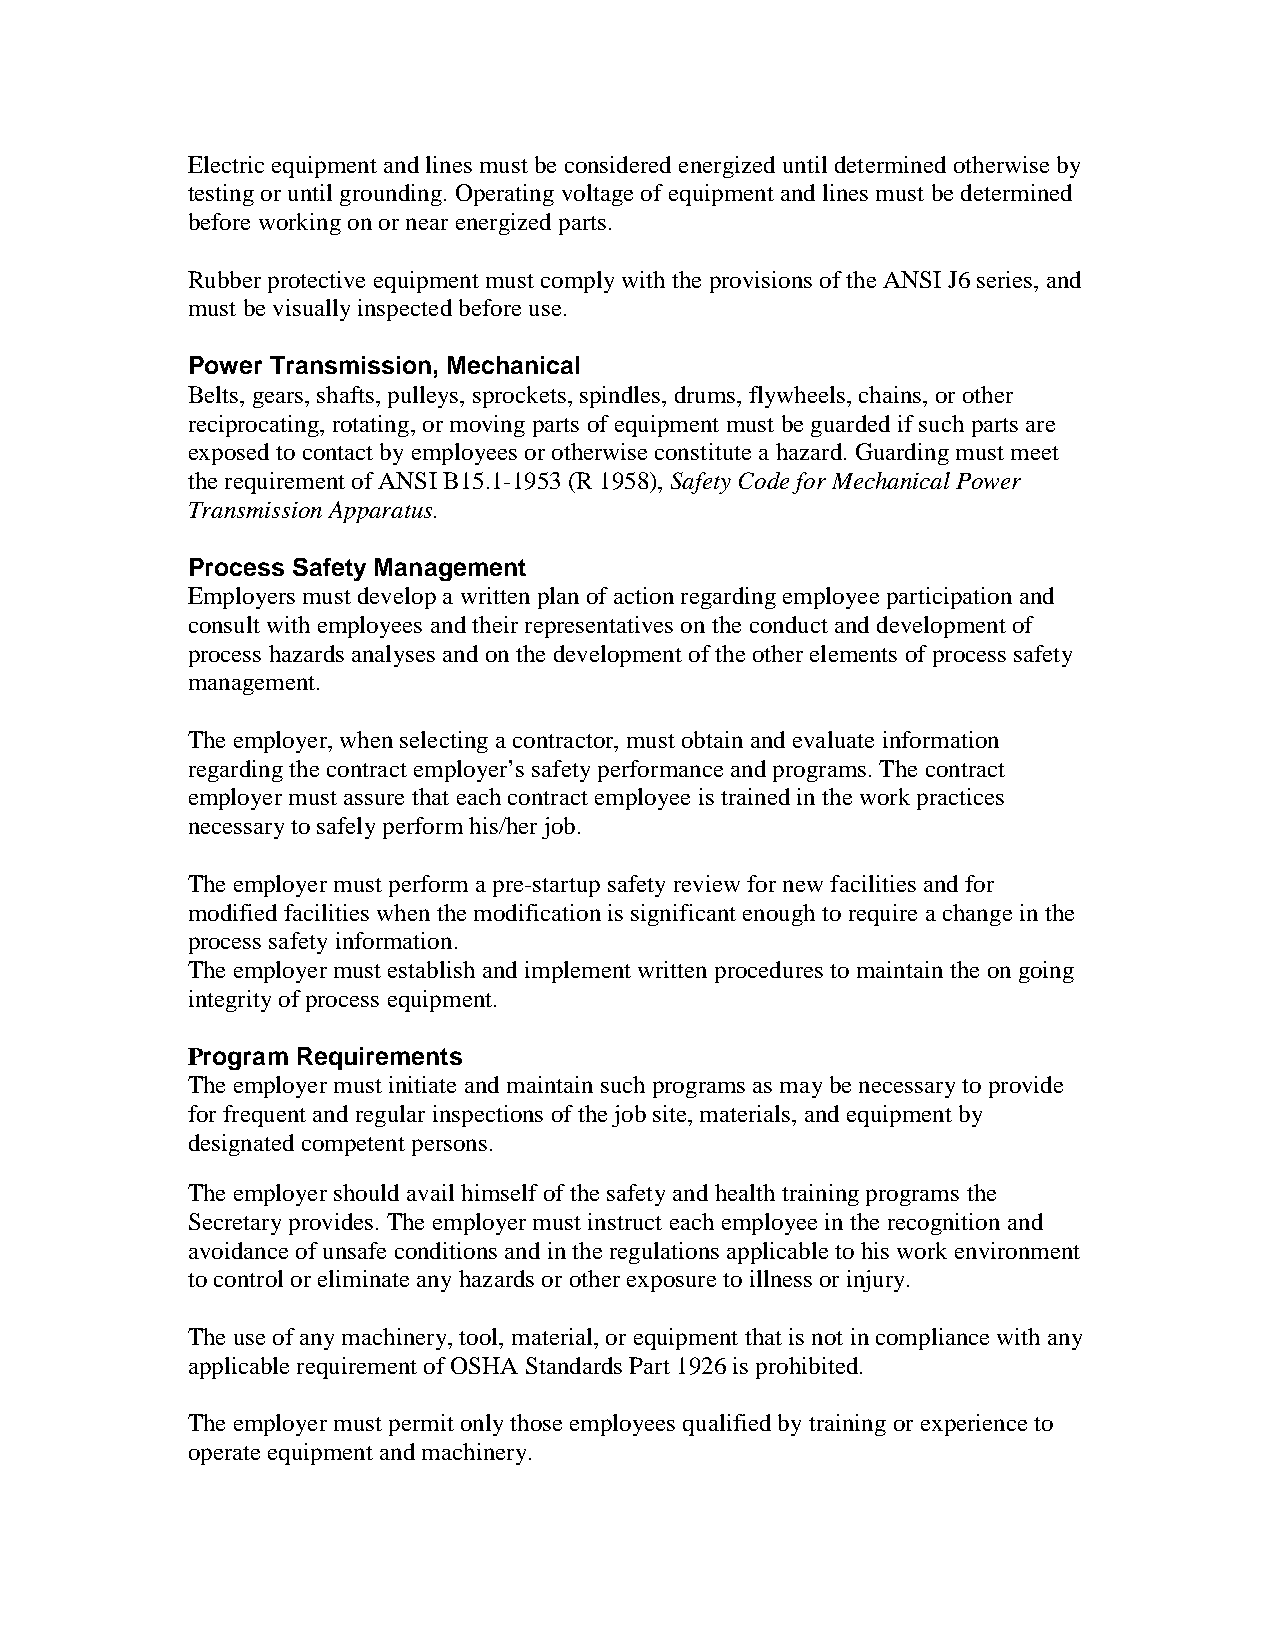
Electric equipment and lines must be considered energized until determined otherwise by
 testing or until grounding. Operating voltage of equipment and lines must be determined
 before working on or near energized parts.
 Rubber protective equipment must comply with the provisions of the ANSI J6 series, and
 must be visually inspected before use.
 Power Transmission, Mechanical
 Belts, gears, shafts, pulleys, sprockets, spindles, drums, flywheels, chains, or other
 reciprocating, rotating, or moving parts of equipment must be guarded if such parts are
 exposed to contact by employees or otherwise constitute a hazard. Guarding must meet
 the requirement of ANSI B15.1-1953 (R 1958), Safety Code for Mechanical Power
 Transmission Apparatus.
 Process Safety Management
 Employers must develop a written plan of action regarding employee participation and
 consult with employees and their representatives on the conduct and development of
 process hazards analyses and on the development of the other elements of process safety
 management.
 The employer, when selecting a contractor, must obtain and evaluate information
 regarding the contract employer’s safety performance and programs. The contract
 employer must assure that each contract employee is trained in the work practices
 necessary to safely perform his/her job.
 The employer must perform a pre-startup safety review for new facilities and for
 modified facilities when the modification is significant enough to require a change in the
 process safety information.
 The employer must establish and implement written procedures to maintain the on going
 integrity of process equipment.
 Program Requirements
 The employer must initiate and maintain such programs as may be necessary to provide
 for frequent and regular inspections of the job site, materials, and equipment by
 designated competent persons.
 The employer should avail himself of the safety and health training programs the
 Secretary provides. The employer must instruct each employee in the recognition and
 avoidance of unsafe conditions and in the regulations applicable to his work environment
 to control or eliminate any hazards or other exposure to illness or injury.
 The use of any machinery, tool, material, or equipment that is not in compliance with any
 applicable requirement of OSHA Standards Part 1926 is prohibited.
 The employer must permit only those employees qualified by training or experience to
 operate equipment and machinery.